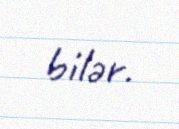
bilər.